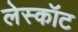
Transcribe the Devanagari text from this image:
लेस्कॉट